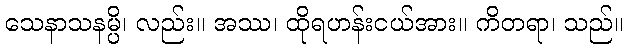
သေနာသနမ္ပိ၊ လည်း။ အဿ၊ ထိုရဟန်းငယ်အား။ ကိတရာ၊ သည်။